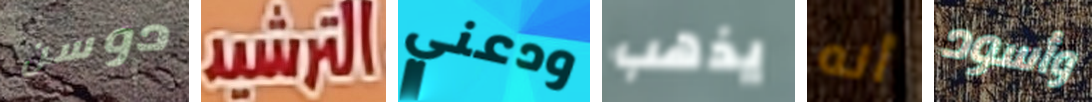
دوسن الترشيد ودعني يذهب أنه وأسود